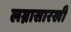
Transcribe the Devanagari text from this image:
लग्नासारखी